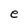
Character: e